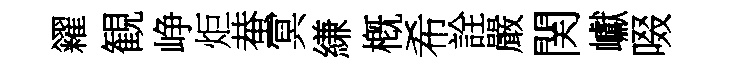
糴観峥炬蛬冥縑槪希詮嚴関巘啜